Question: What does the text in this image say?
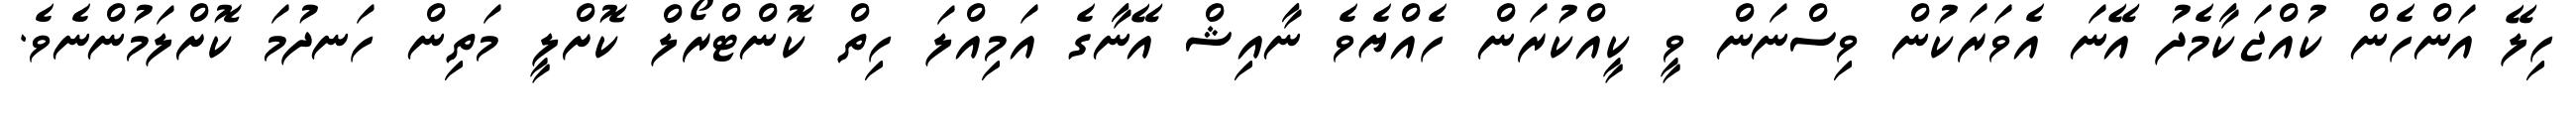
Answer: ހިލޭ އަންހެން ކުއްޖަކާމެދު އޭނަ އެވަރަކުން ވިސްނަން ވީ ކީއްކުރަން ހެއްޔެވެ ނާއިޝް އޭނާގެ އަމިއްލަ ހިތް ކޮންޓްރޯލް ކޮށްލީ މަތިން ހަނދުމަ ކޮށްލަމުންނެވެ.